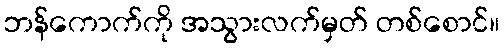
ဘန်ကောက်ကို အသွားလက်မှတ် တစ်စောင်။